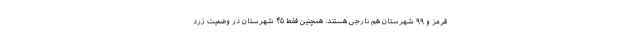
قرمز و ۹۹ شهرستان هم نارجی هستند. همچنین فقط ۴۵ شهرستان در وضعیت زرد